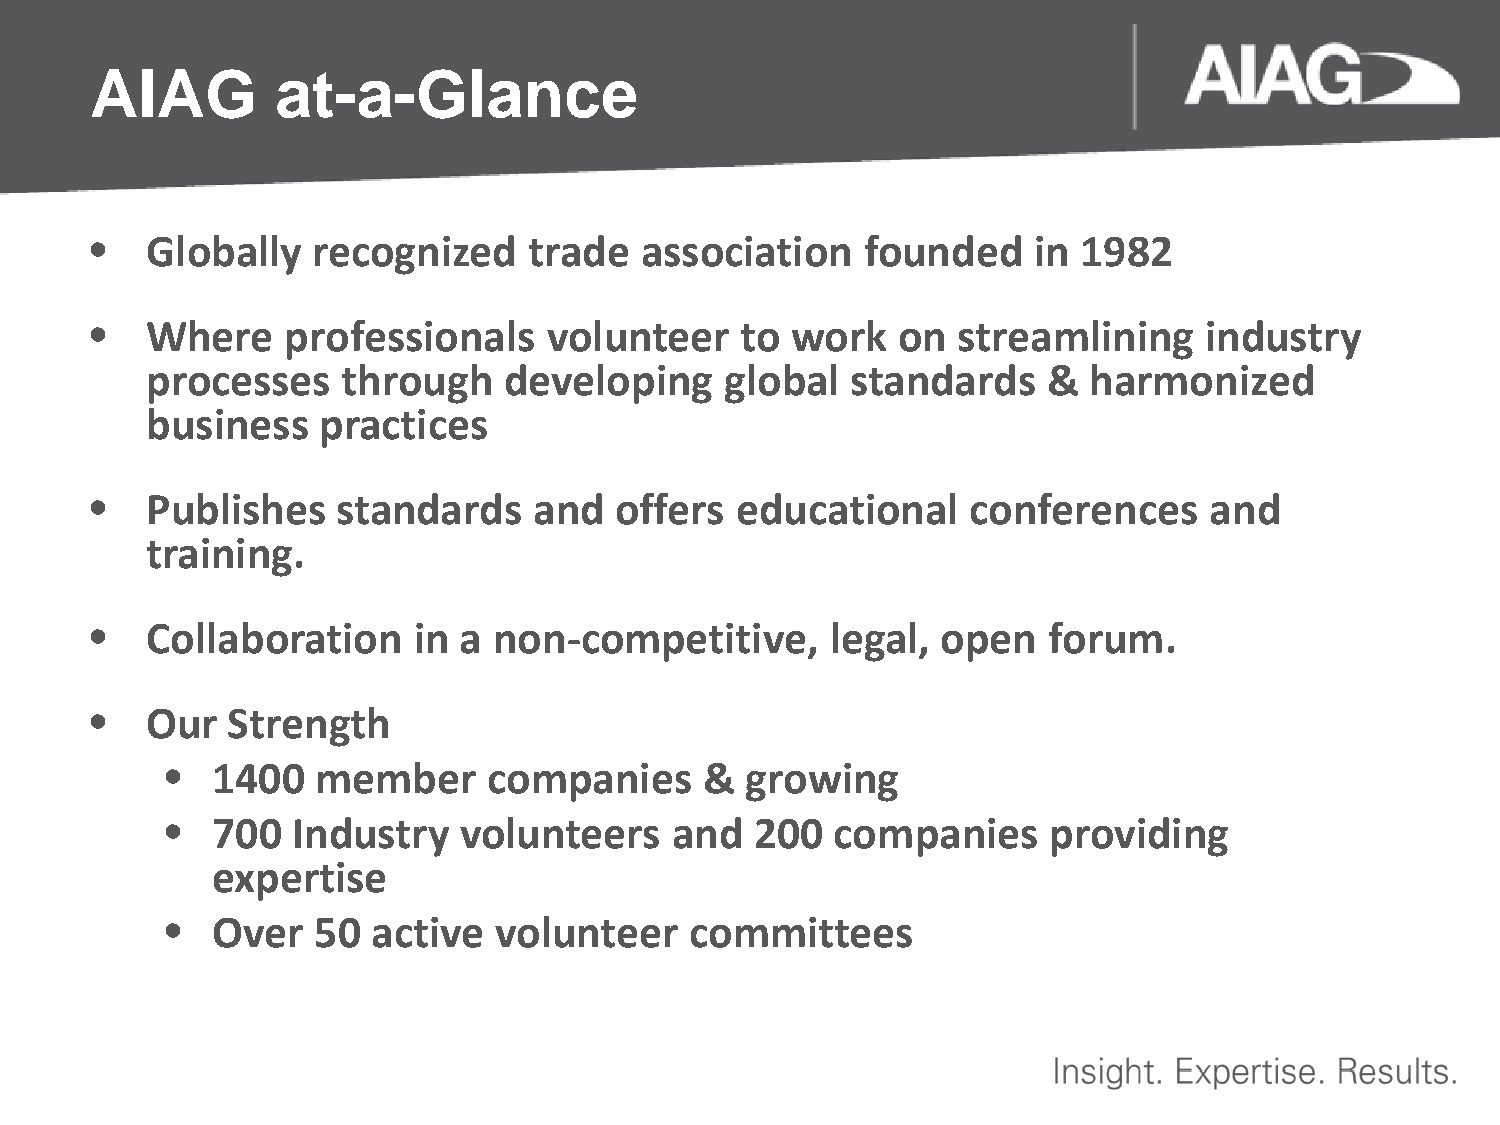
AIAG        at-a-Glance
 •   Globally   recognized    trade  association    founded    in  1982
 •   Where    professionals    volunteer    to work   on  streamlining     industry
 processes    through   developing     global  standards    &  harmonized
 business   practices
 •   Publishes   standards    and   offers  educational    conferences     and
 training.
 •   Collaboration    in a  non-competitive,      legal, open   forum.
 •   Our  Strength
 •  1400   member     companies      & growing
 •  700  Industry   volunteers    and   200  companies     providing
 expertise
 •  Over   50  active  volunteer    committees